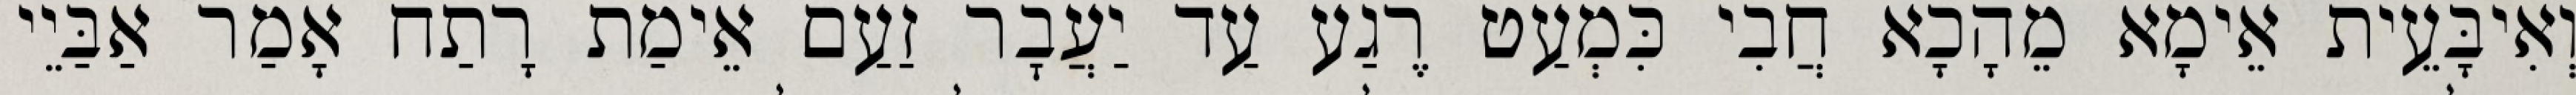
וְאִיבָּעֵית אֵימָא מֵהָכָא חֲבִי כִּמְעַט רֶגַע עַד יַעֲבׇר זַעַם אֵימַת רָתַח אָמַר אַבַּיֵי